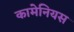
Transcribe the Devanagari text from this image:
कामेनियस